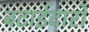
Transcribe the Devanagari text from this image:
बटाईदारों